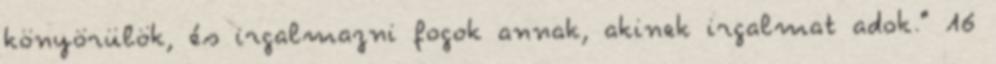
könyörülök, és irgalmazni fogok annak, akinek irgalmat adok." 16